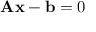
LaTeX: \mathbf { A x } - \mathbf { b } = 0